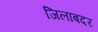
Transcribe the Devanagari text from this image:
जिलाबदर